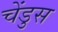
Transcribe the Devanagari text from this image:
चेंडुस